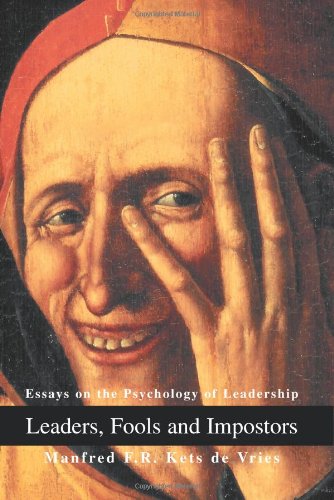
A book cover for Leaders, Fools and Impostors: Essays on the Psychology of Leadership; Manfred F. R. Kets de Vries; Health, Fitness & Dieting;